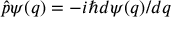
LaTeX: { \hat { p } } \psi ( q ) = - i \hbar d \psi ( q ) / d q